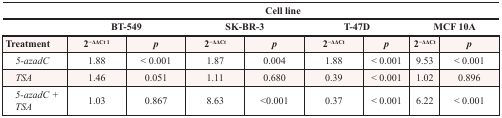
<table><thead><tr><td></td><td colspan="8"><b>Cell line</b></td></tr><tr><td></td><td colspan="2"><b>BT-549</b></td><td colspan="2"><b>SK-BR-3</b></td><td colspan="2"><b>T-47D</b></td><td colspan="2"><b>MCF 10A</b></td></tr></thead><tbody><tr><td><b>Treatment</b></td><td><b>2<sup>−ΔΔCt</sup></b><sup>1</sup></td><td><b><i>p</i></b></td><td><b>2<sup>−ΔΔCt</sup></b></td><td><b><i>p</i></b></td><td><b>2<sup>−ΔΔCt</sup></b></td><td><b><i>p</i></b></td><td><b>2<sup>−ΔΔCt</sup></b></td><td><b><i>p</i></b></td></tr><tr><td> <i>5-azadC</i></td><td>1.88</td><td>&lt; 0.001</td><td>1.87</td><td>0.004</td><td>1.88</td><td>&lt; 0.001</td><td>9.53</td><td>&lt; 0.001</td></tr><tr><td> <i>TSA</i></td><td>1.46</td><td>0.051</td><td>1.11</td><td>0.680</td><td>0.39</td><td>&lt; 0.001</td><td>1.02</td><td>0.896</td></tr><tr><td> <i>5-azadC + TSA</i></td><td>1.03</td><td>0.867</td><td>8.63</td><td>&lt;0.001</td><td>0.37</td><td>&lt; 0.001</td><td>6.22</td><td>&lt; 0.001</td></tr></tbody></table>